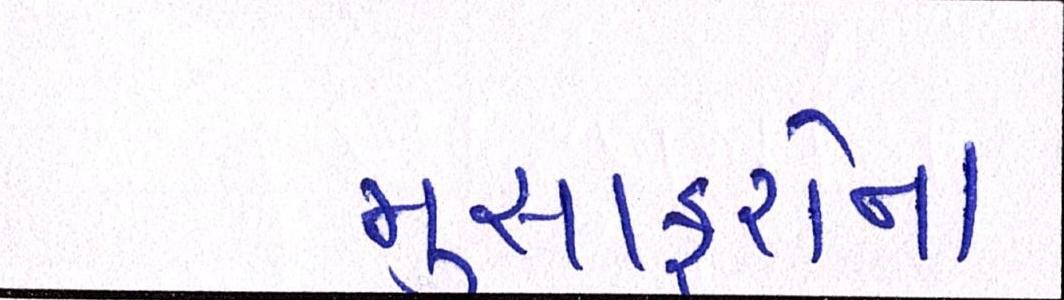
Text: મુસાફરોના